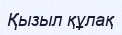
Қызыл құлақ